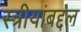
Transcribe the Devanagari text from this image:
स्त्रीयांबद्दल